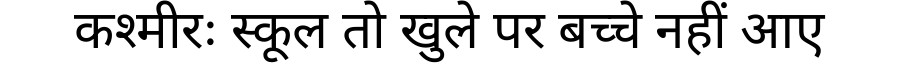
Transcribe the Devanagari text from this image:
कश्मीरः स्कूल तो खुले पर बच्चे नहीं आए